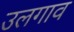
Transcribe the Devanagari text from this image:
उलगाव